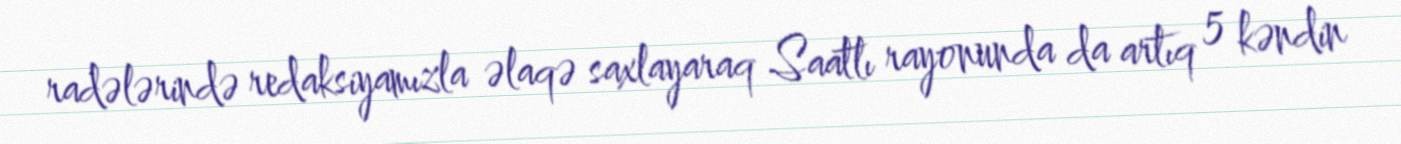
radələrində redaksiyamızla əlaqə saxlayaraq Saatlı rayonunda da artıq 5 kəndin